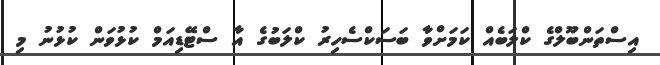
އިސްތަންބޫލްގެ ކްލަބެއް ކަމަށްވާ ބަސަކްސެހިރު ކްލަބުގެ އާ ސްޓޭޑިއަމް ކުޅުވަން ކުޅުނު މި